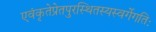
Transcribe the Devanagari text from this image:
एवंकृतेप्रेतपुरस्थितस्यस्वर्गेगतिः